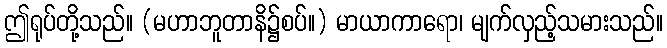
ဤရုပ်တို့သည်။ (မဟာဘူတာနိ၌စပ်။) မာယာကာရော၊ မျက်လှည့်သမားသည်။